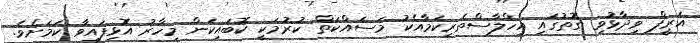
އަރީފް ވިދާޅުވި ގޮތުގައި އިހްލާސްތެރިކަމާއެކު މަސައްކަތް ކުރުމަކީ ކޮބައިކަން މިހާރު އޮޅިފައިވާ ކަމަށެވެ.